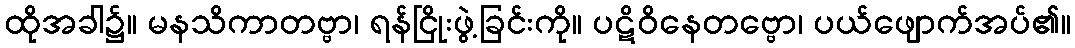
ထိုအခါ၌။ မနသိကာတဗ္ဗာ၊ ရန်ငြိုးဖွဲ့ခြင်းကို။ ပဋိဝိနေတဗ္ဗော၊ ပယ်ဖျောက်အပ်၏။